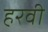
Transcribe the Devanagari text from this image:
हरवी